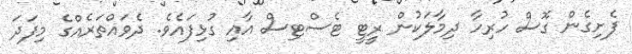
ފެށިގެން ގޮސް ހުރިހާ ދިމާލަކުން ރީޓީ ޓެސްޓިސް އާއި ގުޅިފައެވެ. ދެވައްތަރެއްގެ މިފަދަ